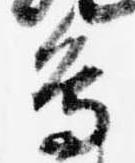
鳥